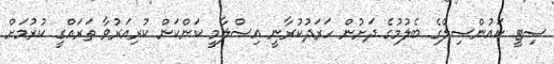
ސިޓީ ކައުންސިލްގެ ބެލުމުގެ ދަށުން ހަރަދުކުރާނީ އިސްލާމީ ކަންކަން ކުރިއަރުވާ ތަރައްގީ ކުރުމަށް